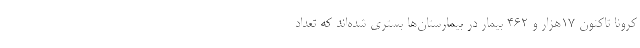
کرونا تاکنون ۱۷هزار و ۴۶۲ بیمار در بیمارستان‌ها بستری شده‌اند که تعداد